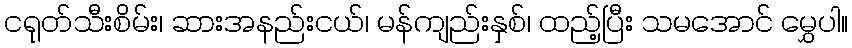
ငရုတ်သီးစိမ်း၊ ဆားအနည်းငယ်၊ မန်ကျည်းနှစ်၊ ထည့်ပြီး သမအောင် မွှေပါ။